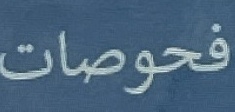
فحوصات